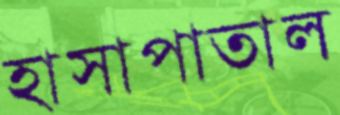
হাসাপাতাল